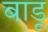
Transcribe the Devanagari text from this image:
बाडू